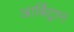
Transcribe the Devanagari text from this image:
आर्बिट्रान